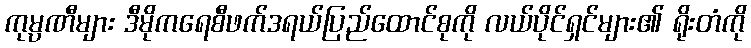
ကုမ္ပဏီများ ဒီမိုကရေစီဖက်ဒရယ်ပြည်ထောင်စုကို လယ်ပိုင်ရှင်များ၏ ရိုးတံကို